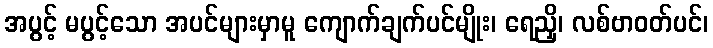
အပွင့် မပွင့်သော အပင်များမှာမူ ကျောက်ချက်ပင်မျိုး၊ ရေညှိ၊ လစ်ဗာဝတ်ပင်၊